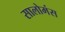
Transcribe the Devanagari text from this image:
सालोमंस